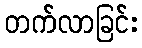
တက်လာခြင်း